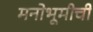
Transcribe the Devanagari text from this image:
मनोभूमीची